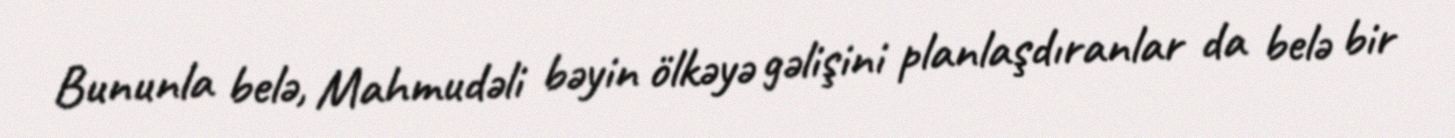
Bununla belə, Mahmudəli bəyin ölkəyə gəlişini planlaşdıranlar da belə bir